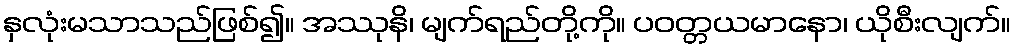
နှလုံးမသာသည်ဖြစ်၍။ အဿုနိ၊ မျက်ရည်တို့ကို။ ပဝတ္တယမာနော၊ ယိုစီးလျက်။